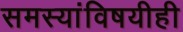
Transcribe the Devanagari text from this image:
समस्यांविषयीही